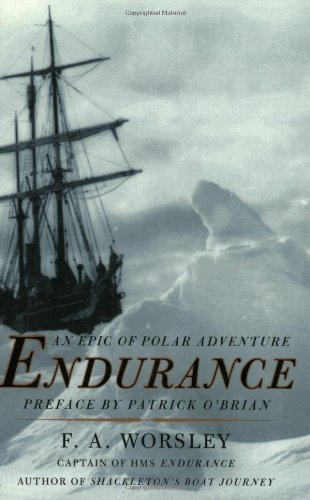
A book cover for Endurance; Frank Arthur Worsley; History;